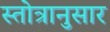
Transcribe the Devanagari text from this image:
स्तोत्रानुसार